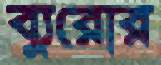
ব্যুরোর